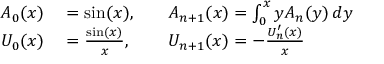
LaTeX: \begin{array} { r l r l } { A _ { 0 } ( x ) } & { { } = \sin ( x ) , } & { } & { { } A _ { n + 1 } ( x ) = \int _ { 0 } ^ { x } y A _ { n } ( y ) \, d y } \\ { U _ { 0 } ( x ) } & { { } = { \frac { \sin ( x ) } { x } } , } & { } & { { } U _ { n + 1 } ( x ) = - { \frac { U _ { n } ^ { \prime } ( x ) } { x } } } \end{array}